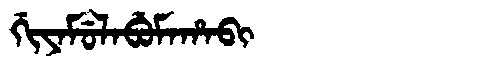
Manchu: ᡤᡳᠶᠠᠮᡠᠯᠠᠪᡠᠮᠠᡥᠠᠪᡳ
Romanization: GIYAMULABUMAHABI